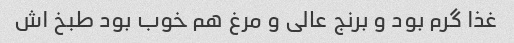
غذا گرم بود و برنج عالی و مرغ هم خوب بود طبخ اش